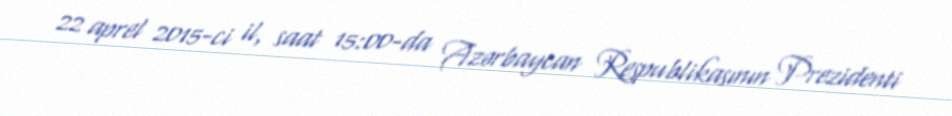
22 aprel 2015-ci il, saat 15:00-da Azərbaycan Respublikasının Prezidenti